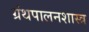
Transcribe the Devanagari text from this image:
ग्रंथपालनशास्त्र